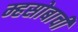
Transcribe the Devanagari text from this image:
म्हसोबाची